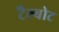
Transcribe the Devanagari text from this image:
टैल्बोट